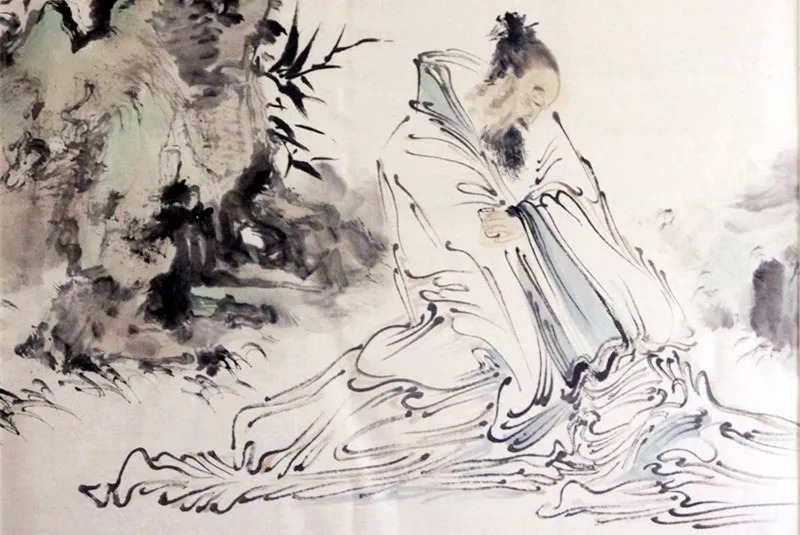
语来江色暮，独自下寒烟。